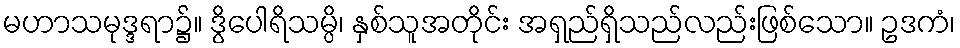
မဟာသမုဒ္ဒရာ၌။ ဒွိပေါရိသမ္ပိ၊ နှစ်သူအတိုင်း အရှည်ရှိသည်လည်းဖြစ်သော။ ဥဒကံ၊